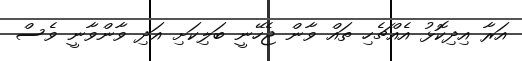
އަރާ އިދިކޮޅު އެއްޗެހި ތައް ވާން ޖެހޭނީ ބަލިކަށި އަދި ވާންވާނީ ވެސް